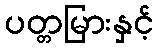
ပတ္တမြားနှင့်